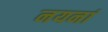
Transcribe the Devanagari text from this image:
नयनां